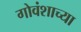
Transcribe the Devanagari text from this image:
गोवंशाच्या